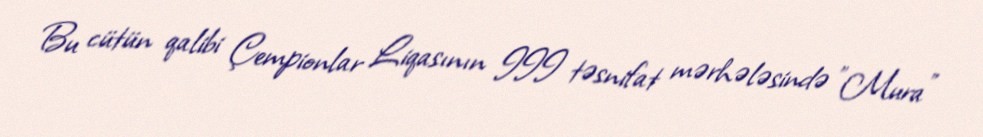
Bu cütün qalibi Çempionlar Liqasının III təsnifat mərhələsində "Mura"